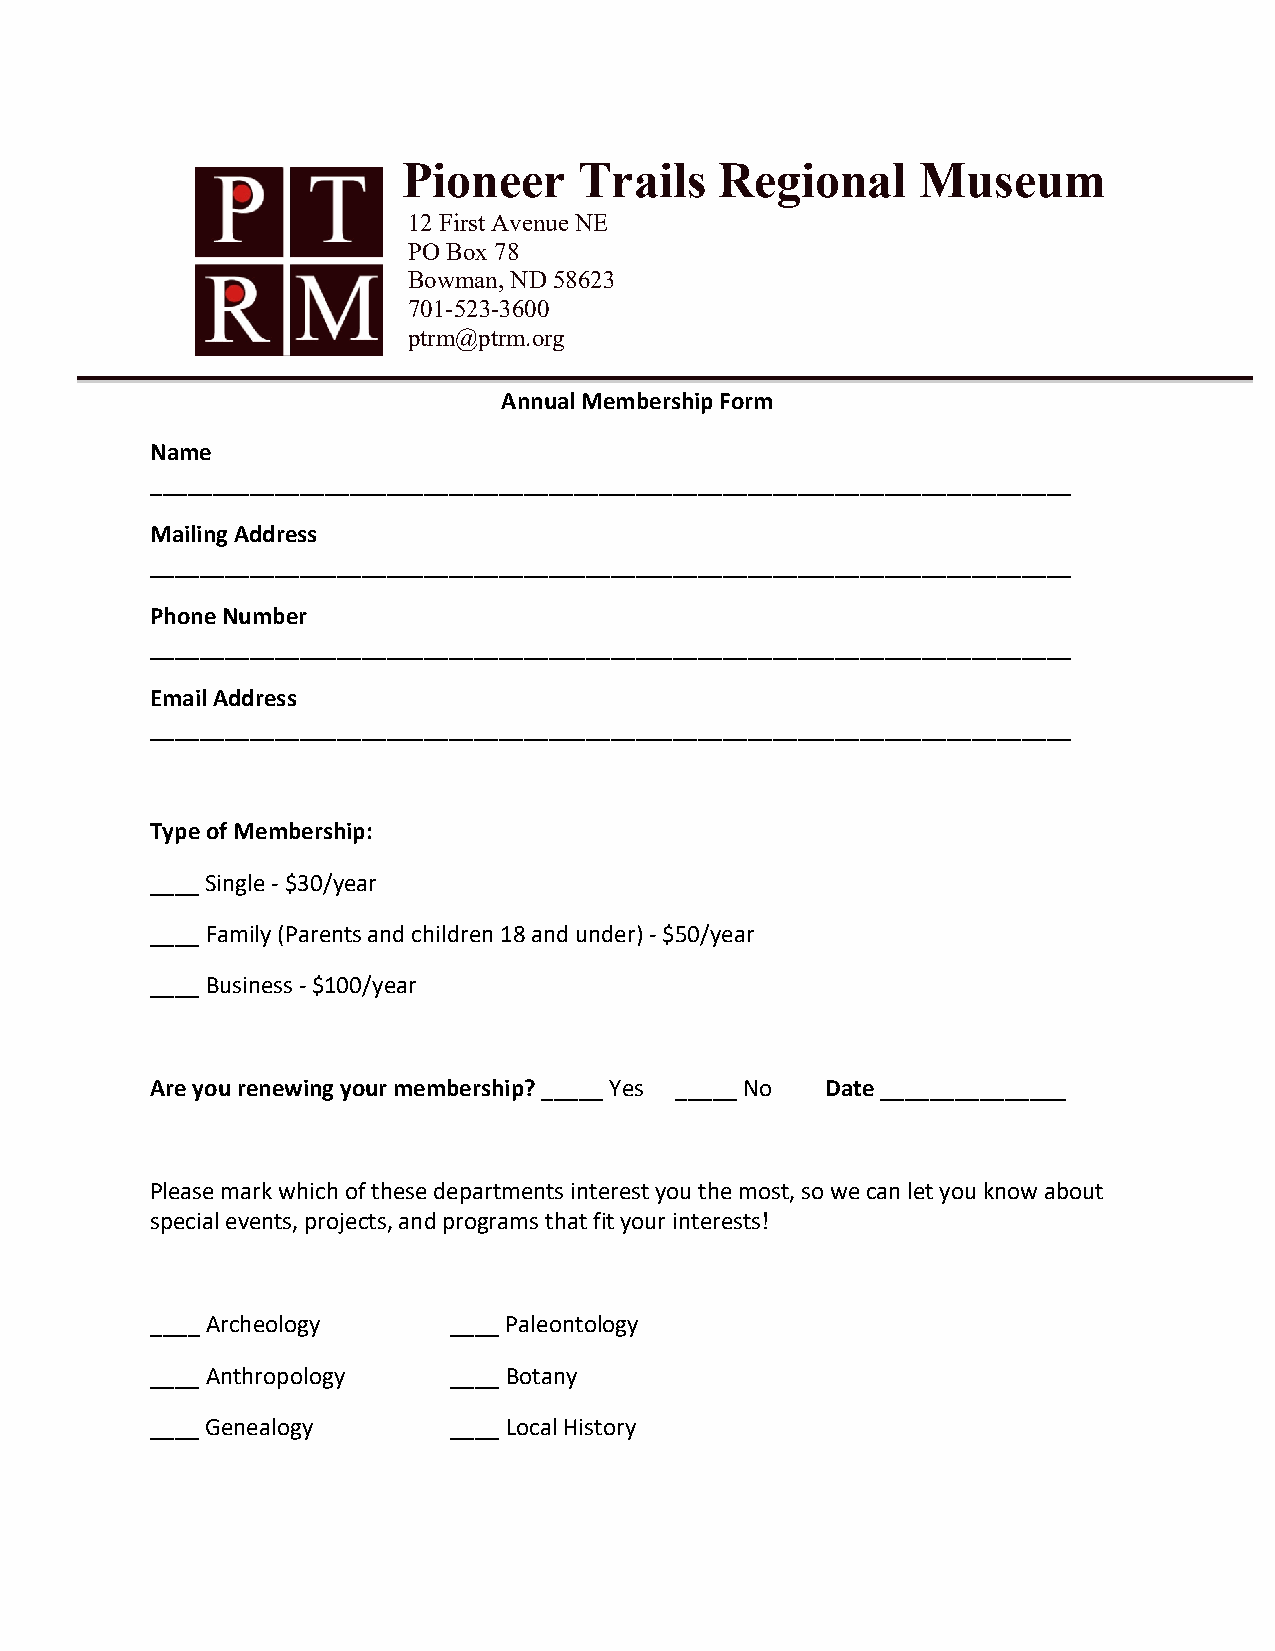
Pioneer    Trails    Regional     Museum
 12 First Avenue NE
 PO Box 78
 Bowman, ND 58623
 701-523-3600
 ptrm@ptrm.org
 Annual Membership Form
 Name
 __________________________________________________________________________
 Mailing Address
 __________________________________________________________________________
 Phone Number
 __________________________________________________________________________
 Email Address
 __________________________________________________________________________
 Type of Membership:
 ____ Single - $30/year
 ____ Family (Parents and children 18 and under) - $50/year
 ____ Business - $100/year
 Are you renewing your membership? _____ Yes _____ No Date _______________
 Please mark which of these departments interest you the most, so we can let you know about
 special events, projects, and programs that fit your interests!
 ____ Archeology     ____ Paleontology
 ____ Anthropology   ____ Botany
 ____ Genealogy      ____ Local History